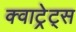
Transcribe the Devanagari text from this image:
क्वाट्रेट्स